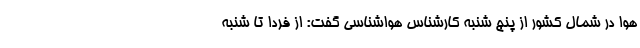
هوا در شمال کشور از پنج شنبه کارشناس هواشناسی گفت: از فردا تا شنبه